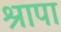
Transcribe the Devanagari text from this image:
श्रापा